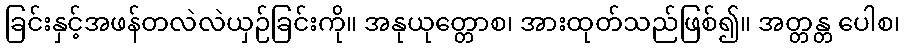
ခြင်းနှင့်အဖန်တလဲလဲယှဉ်ခြင်းကို။ အနုယုတ္တောစ၊ အားထုတ်သည်ဖြစ်၍။ အတ္တန္တ ပေါစ၊